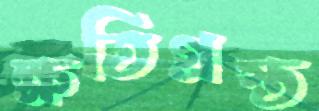
ক্ষতিগ্রস্ত